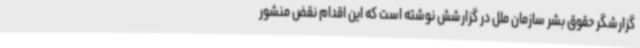
گزارشگر حقوق بشر سازمان ملل در گزارشش نوشته است که این اقدام نقض منشور